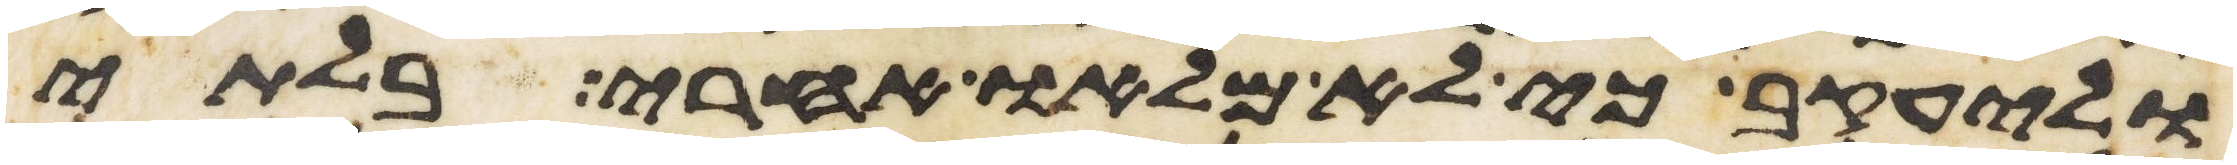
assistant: וליעקב כי לא מלאו אחרי בלתי